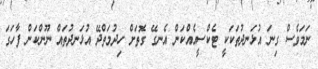
ނަމަވެސް ގިނަ އުޅަނދުތަކަކީ ޓެކްސީއެއްކަން އެނގޭ ގޮތަށް ހިދުމަތްދޭ އުޅަނދުތައް ނޫންކަން ފާހަގަ